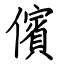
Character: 儐